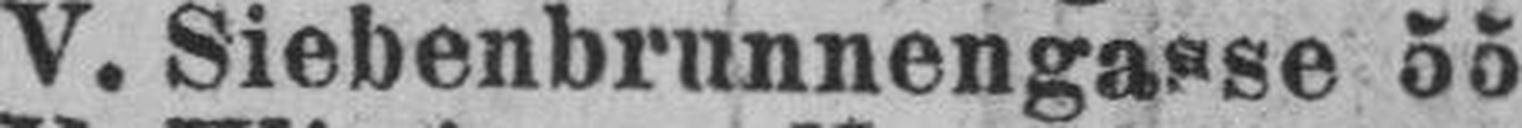
V. Siebenbrunnengasse 55